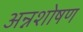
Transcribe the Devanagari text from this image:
अन्नशोषण